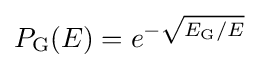
P_{\text{G}}(E)=e^{-{\sqrt {{E_{\text{G}}}/{E}}}}